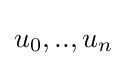
u_{0},..,u_{n}